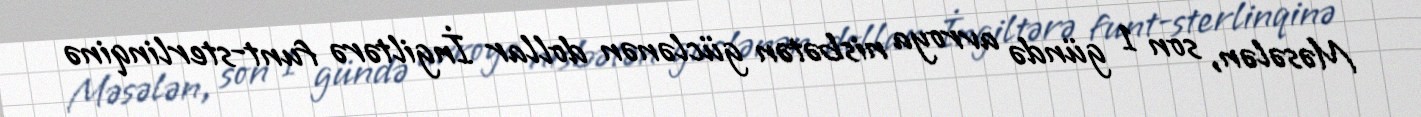
Məsələn, son 1 gündə avroya nisbətən güclənən dollar İngiltərə funt-sterlinqinə